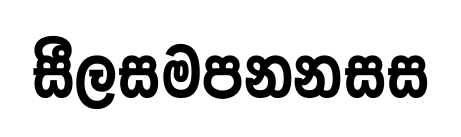
සීලසමපනනසස